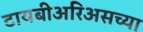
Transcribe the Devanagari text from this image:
टायबीअरिअसच्या